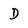
Character: D